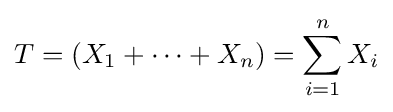
T=(X_{1}+\cdots +X_{n})=\sum _{i=1}^{n}X_{i}